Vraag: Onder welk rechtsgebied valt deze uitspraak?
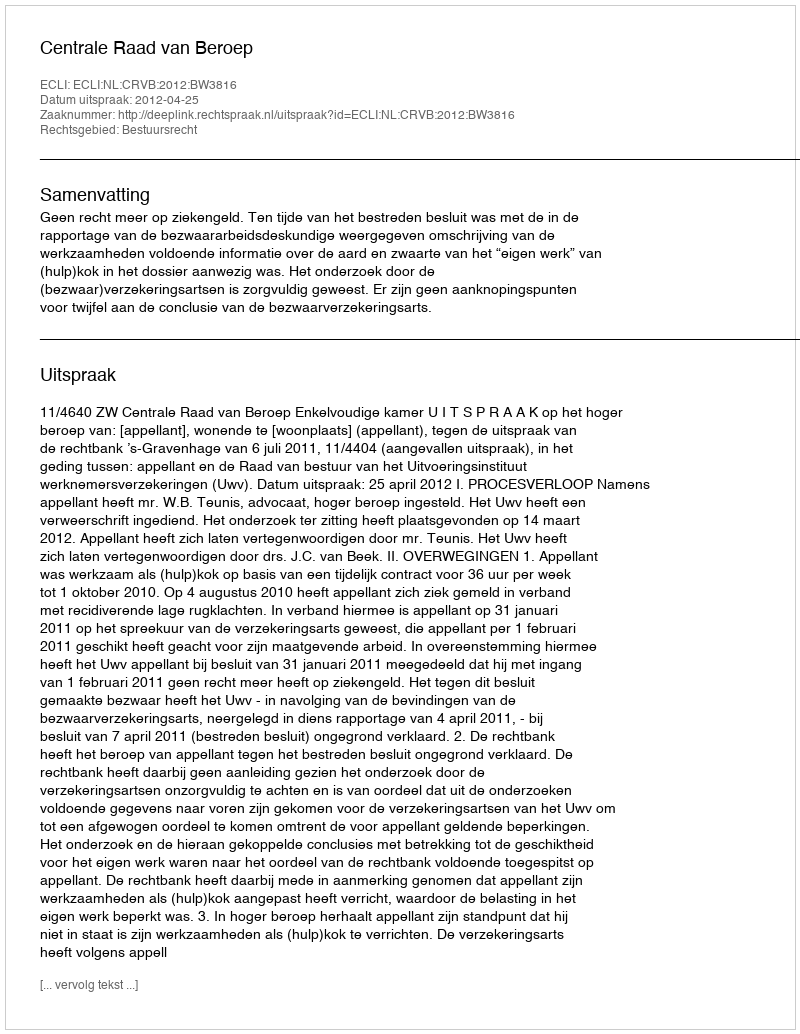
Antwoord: Bestuursrecht